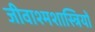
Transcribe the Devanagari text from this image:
जीवाश्मशास्त्रियों